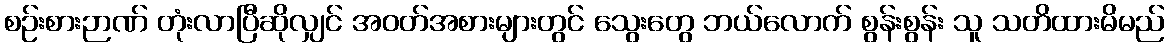
စဉ်းစားဉာဏ် တုံးလာပြီဆိုလျှင် အဝတ်အစားများတွင် သွေးတွေ ဘယ်လောက် စွန်းစွန်း သူ သတိထားမိမည်